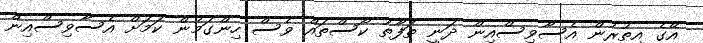
އޭގެ އިތުރުން އެސާވިސްއިން ދަނީ ތަފާތު ކޯސްތައް ވެސް ހިންގަމުން ކަމަށް އެސާވިސްއިން